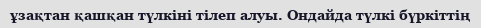
ұзақтан қашқан түлкіні тілеп алуы. Ондайда түлкі бүркіттің